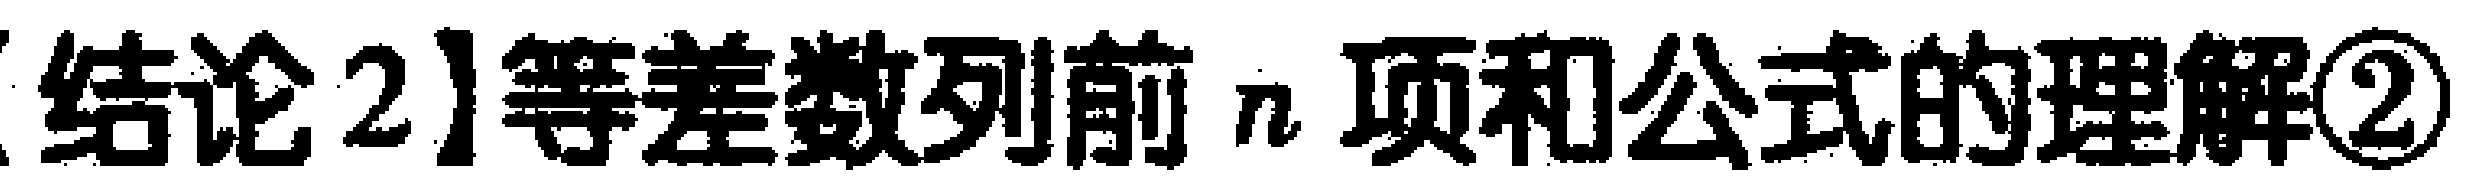
【结论2】等差数列前 \(n\) 项和公式的理解\textcircled{2}